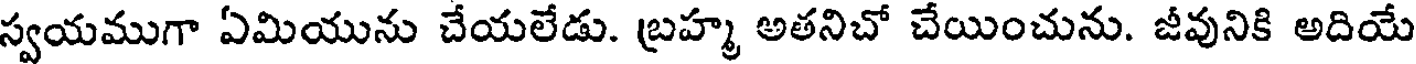
స్వయముగా ఏమియును చేయలేడు. బ్రహ్మ అతనిచో చేయించును. జీవునికి అదియే